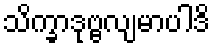
သိက္ခာဒုဗ္ဗလျမာပါဒိ